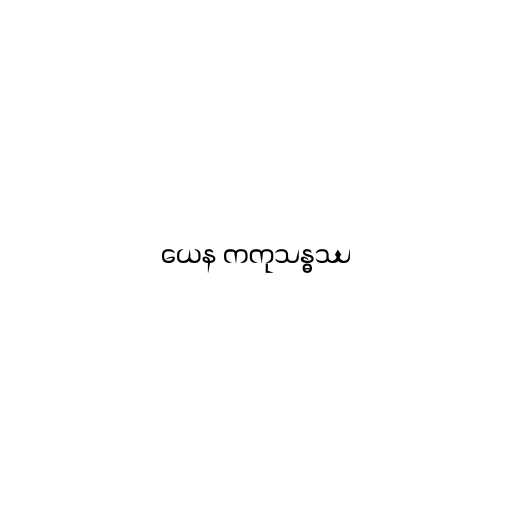
ယေန ကကုသန္ဓဿ